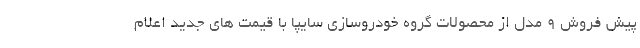
پیش فروش ۹ مدل از محصولات گروه خودروسازی سایپا با قیمت های جدید اعلام